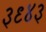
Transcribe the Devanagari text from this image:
३९४३